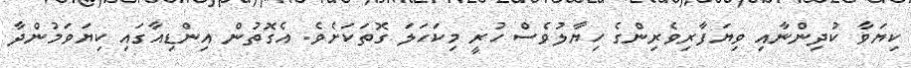
ކިޔަވާ ކުދިންނާއި ވިޔަފާރިވެރިންގެ ހިޔާލުވެސް ހުރީ މިކަހަލަ ގޮތަކަށެވެ. އެގޮތުން އިންޑިއާގައި ކިޔަވަމުންދާ